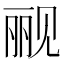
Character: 𰴗